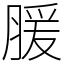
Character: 䐘